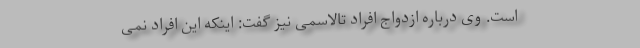
است. وی درباره ازدواج افراد تالاسمی نیز گفت: اینکه این افراد نمی‌